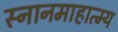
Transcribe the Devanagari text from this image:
स्नानमाहात्म्य